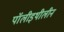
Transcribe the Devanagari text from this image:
पॉलीइथीलीन